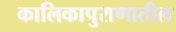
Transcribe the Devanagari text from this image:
कालिकापुराणातील